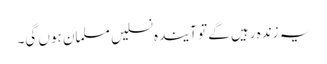
یہ زندہ رہیں گے تو آیندہ نسلیں مسلمان ہوں گی۔